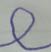
Signature authenticity: forged